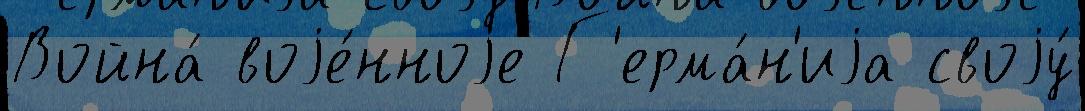
Война́ воjе́нноjе Г'ерма́н'иjа своjу́